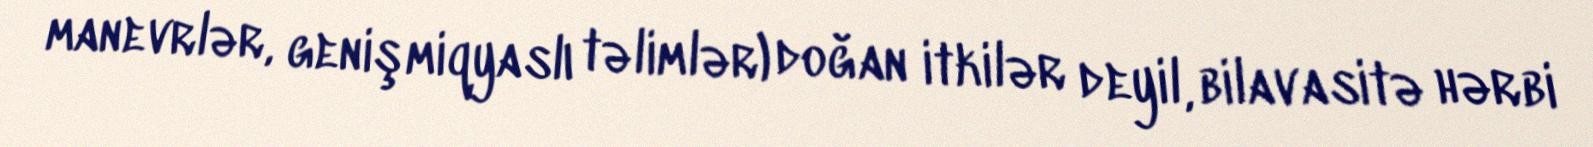
manevrlər, genişmiqyaslı təlimlər) doğan itkilər deyil, bilavasitə hərbi